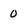
Character: 0